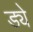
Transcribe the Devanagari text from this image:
ड्ये